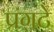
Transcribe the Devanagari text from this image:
प्रगटे